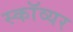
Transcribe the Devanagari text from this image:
स्काॅव्यर